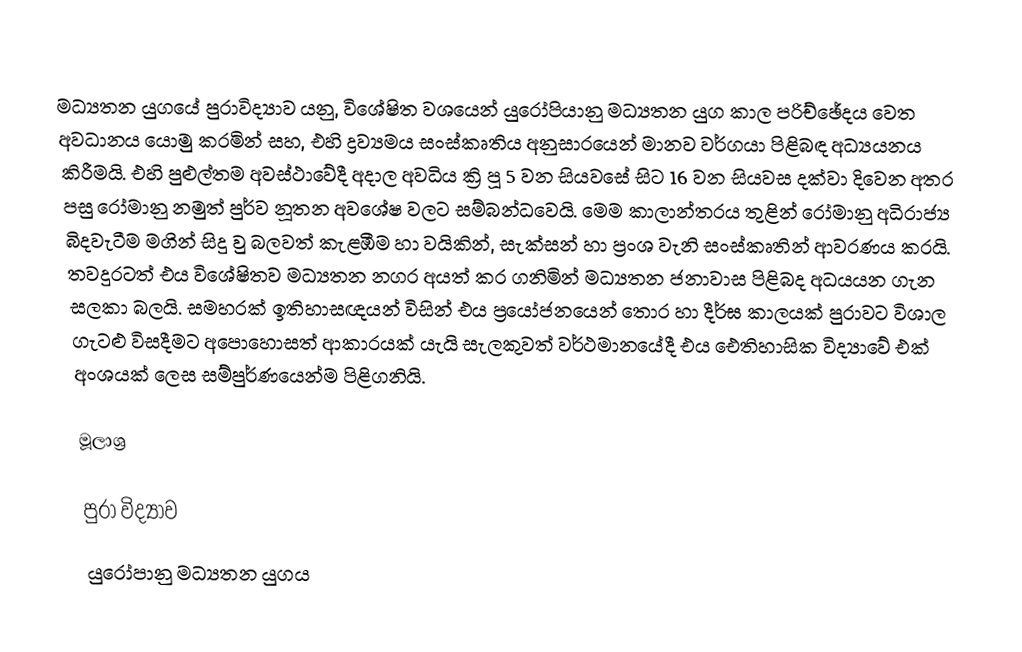
මධ්‍යතන යුගයේ පුරාවිද්‍යාව යනු, විශේෂිත වශයෙන් යුරෝපියානු මධ්‍යතන යුග කාල පරිච්ඡේදය වෙත අවධානය යොමු කරමින් සහ,  එහි ද්‍රව්‍යමය සංස්කෘතිය අනුසාරයෙන් මානව වර්ගයා පිළිබඳ අධ්‍යයනය කිරීමයි. එහි පුළුල්තම අවස්ථාවේදී අදාල අවධිය ක්‍රි පූ 5 වන සියවසේ සිට 16 වන සියවස දක්වා දිවෙන අතර පසු රෝමානු නමුත් පුර්ව නූතන අවශේෂ වලට සම්බන්ධවෙයි. මෙම කාලාන්තරය තුළින් රෝමානු අධිරාජ්‍ය බිදවැටීම මගින් සිදු වු බලවත් කැළඹීම හා වයිකින්, සැක්සන් හා ප්‍රංශ වැනි සංස්කෘතින් ආවරණය කරයි. තවදුරටත් එය විශේෂිතව මධ්‍යතන නගර අයත් කර ගනිමින් මධ්‍යතන ජනාවාස පිළිබද අධයයන ගැන සලකා බලයි. සමහරක් ඉතිහාසඥයන් විසින් එය ප්‍රයෝජනයෙන් තොර හා දීර්ඝ කාලයක් පුරාවට විශාල ගැටළු විසදීමට අපොහොසත් ආකාරයක් යැයි සැලකුවත් වර්ථමානයේදී එය ඓතිහාසික විද්‍යාවේ එක් අංශයක් ලෙස සම්පුර්ණයෙන්ම පිළිගනියි.

මූලාශ්‍ර

පුරා විද්‍යාව
යුරෝපානු මධ්‍යතන යුගය